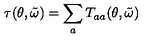
\tau ( \theta , \tilde { \omega } ) = \sum _ { a } T _ { a a } ( \theta , \tilde { \omega } )